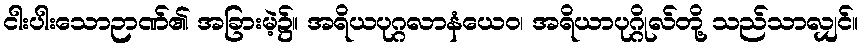
ငါးပါးသောဉာဏ်၏ အခြားမဲ့၌။ အရိယပုဂ္ဂလာနံယေဝ၊ အရိယာပုဂ္ဂိုလ်တို့ သည်သာလျှင်။